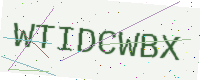
Text: WTIDCWBX